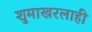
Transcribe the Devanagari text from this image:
शुमाखरलाही